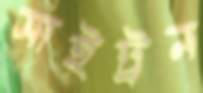
সাইট্রন